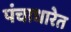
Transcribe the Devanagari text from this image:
पंचाधारेत